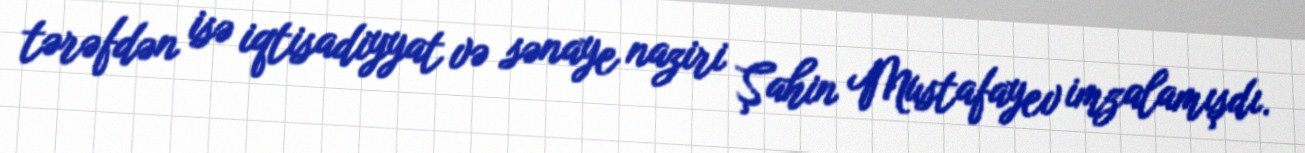
tərəfdən isə iqtisadiyyat və sənaye naziri Şahin Mustafayev imzalamışdı.